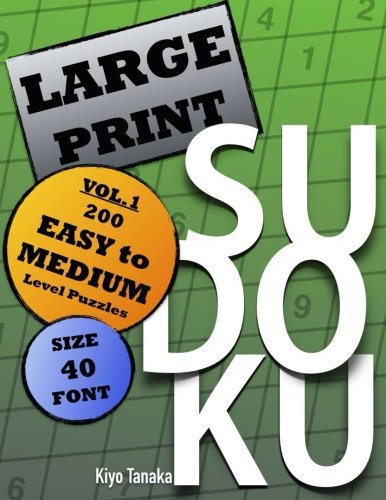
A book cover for Large Print Sudoku: 200 Easy to Medium Level Puzzles (Volume 1); Kiyo Tanaka; Humor & Entertainment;